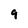
Character: 9